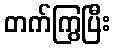
တက်ကြွပြီး